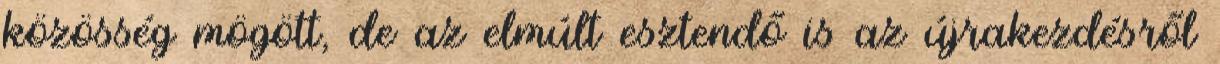
közösség mögött, de az elmúlt esztendő is az újrakezdésről